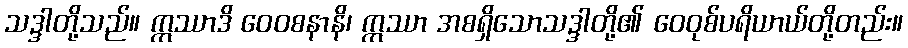
သဒ္ဒါတို့သည်။ ဣဿာဒိ ဝေဝစနာနိ၊ ဣဿာ အစရှိသောသဒ္ဒါတို့၏ ဝေဝုစ်ပရိယာယ်တို့တည်း။